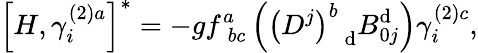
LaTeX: \left[H,\gamma_{i}^{\left(2\right)a}\right]^{*}=-gf_{\; bc}^{a}\left(\left(D^{j}\right)_{\; \; \mathrm{d}}^{b}B_{0j}^{\mathrm{d}}\right)\gamma_{i}^{\left(2\right)c},